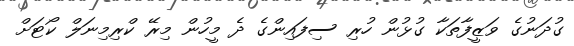
ގުދަނުގެ ވަޒީފާތަކާ ގުޅުން ހުރި ސިފައިންގެ ދެ މީހުން މިރޭ ކްރިމިނަލް ކޯޓަށް